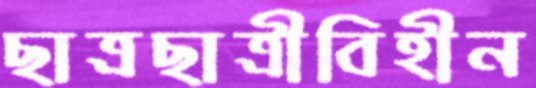
ছাত্রছাত্রীবিহীন